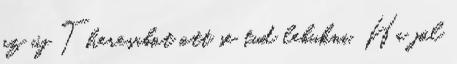
az új Theresabot ott se tud lebukni. Ha jól